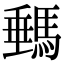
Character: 𩣷